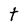
Character: t